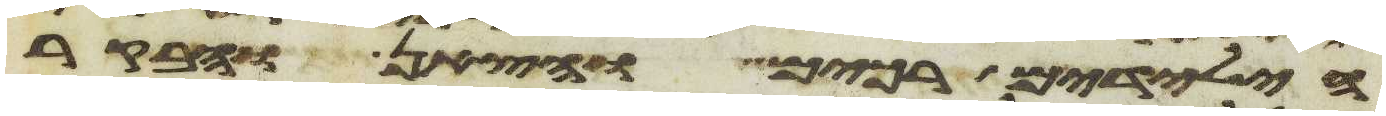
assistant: הילדים רכים והצאן והבקר